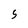
Character: 5